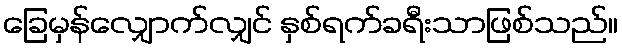
ခြေမှန်လျှောက်လျှင် နှစ်ရက်ခရီးသာဖြစ်သည်။